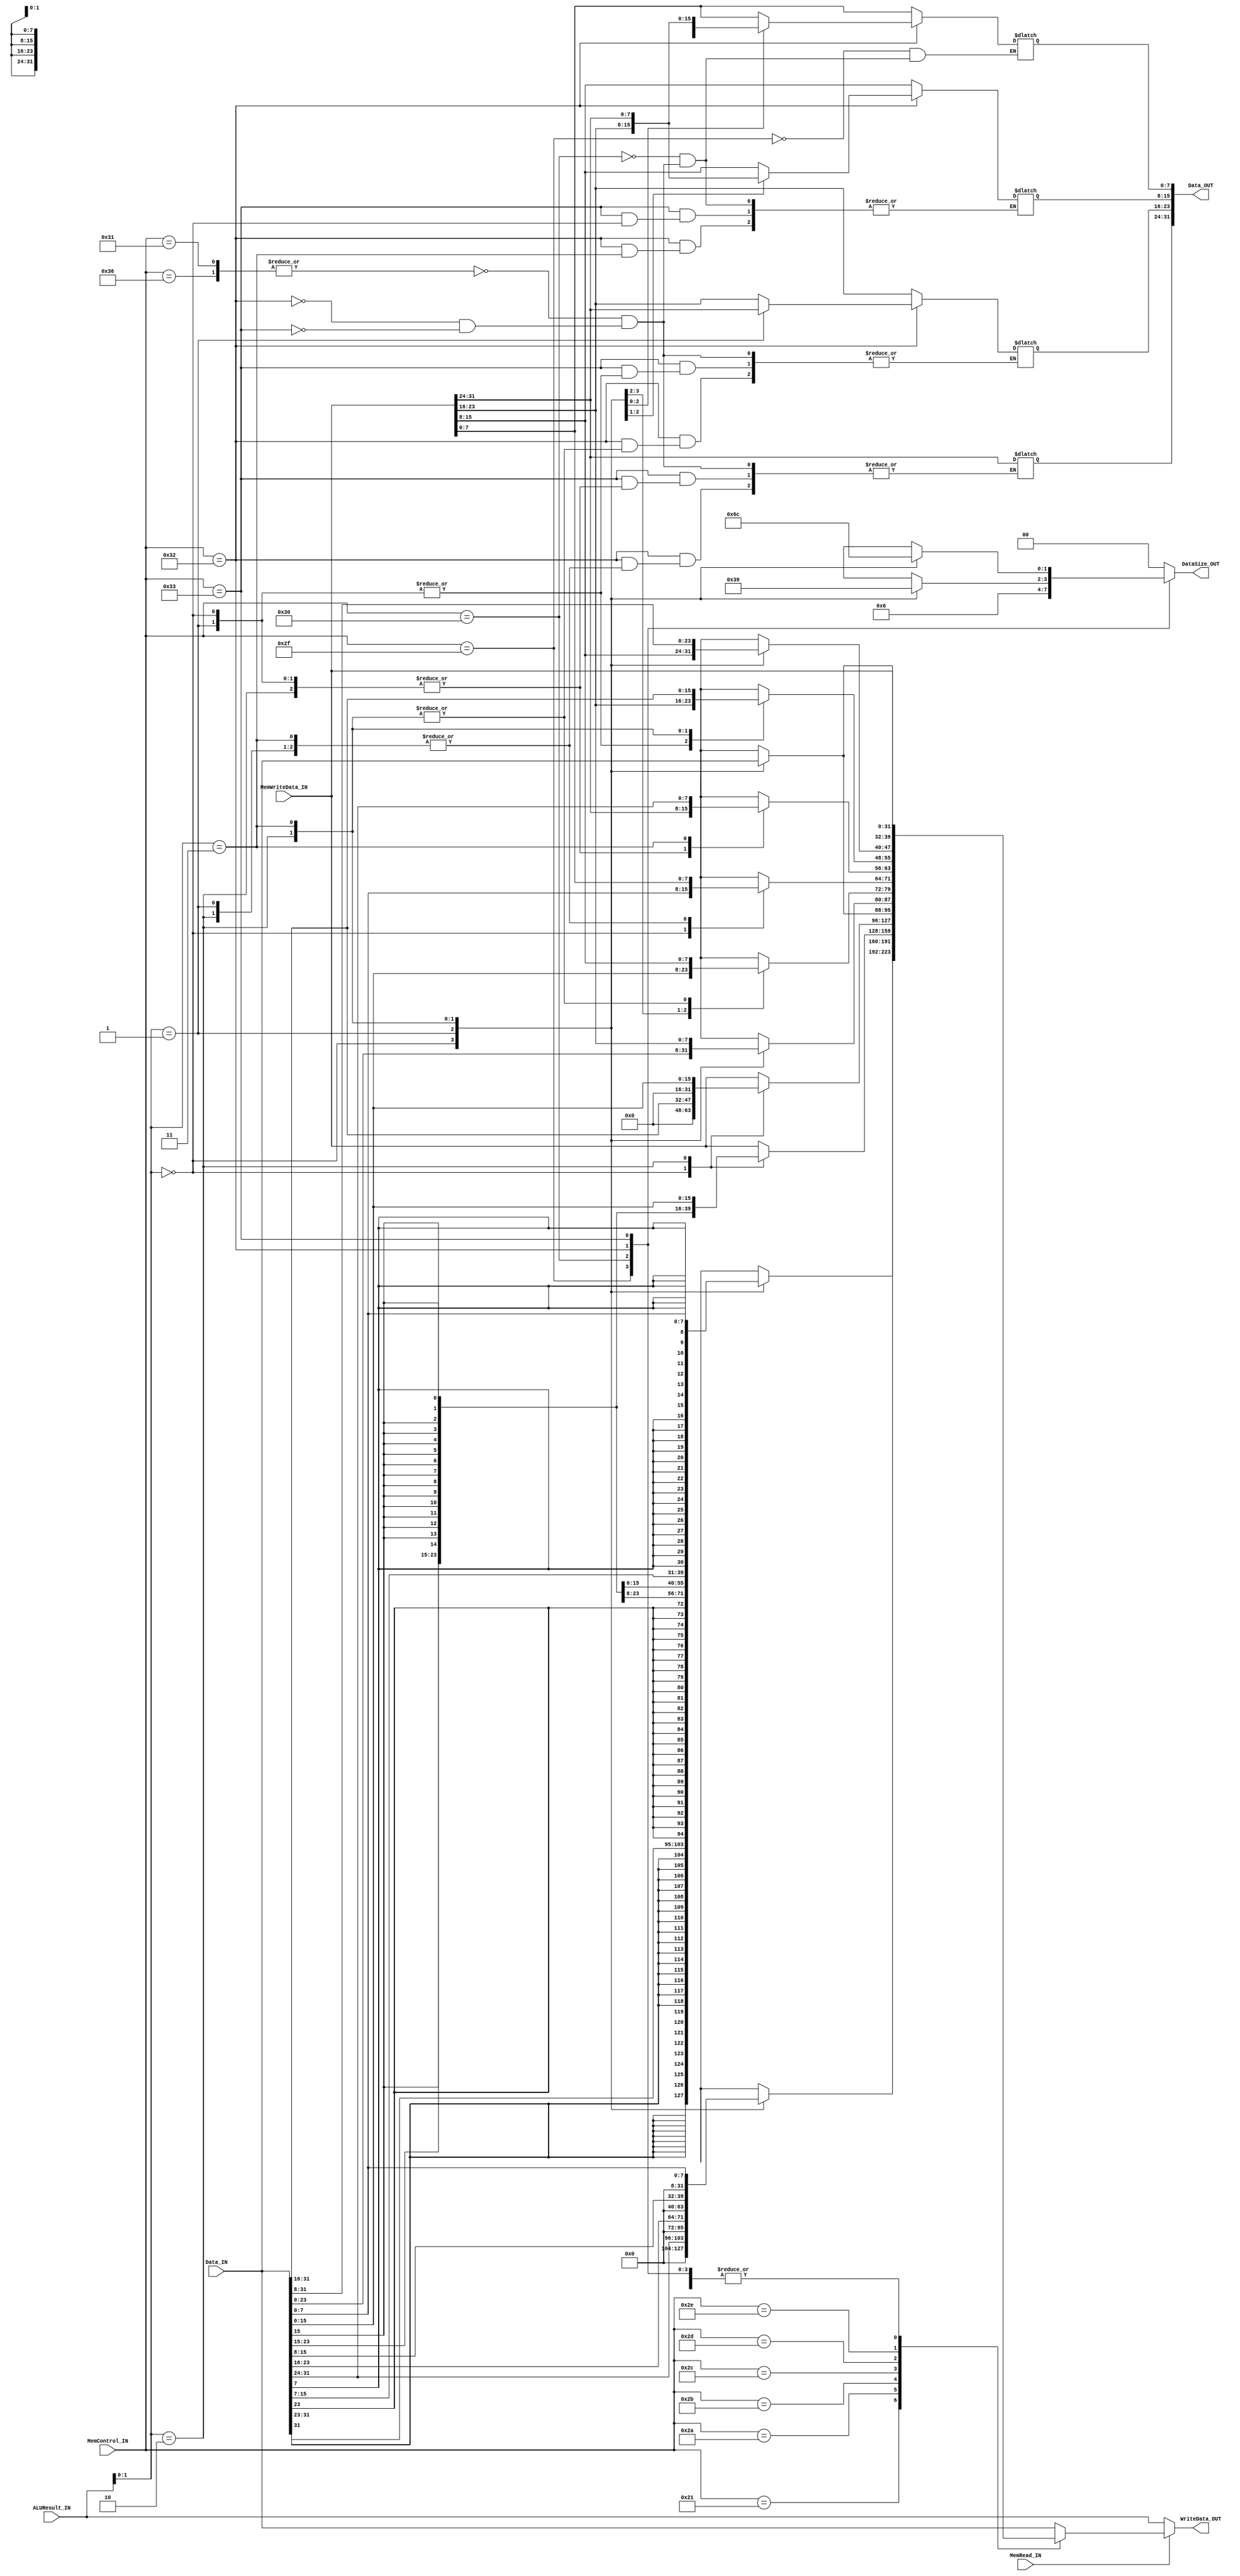
module MEM(

	//MODULE INPUTS
		//EXE/MEM --> MEM
		input [31:0] 		MemWriteData_IN,
		input [5:0] 		MemControl_IN,	
		input 			MemRead_IN,	

		input [31:0] 		ALUResult_IN,	

		//DM --> MEM
		input [31:0] 		Data_IN,	

	//MODULE OUTPUTS

		//MEM --> MEM/WB
		output [31:0] 		WriteData_OUT,	

		//MEM --> DM		
		output [31:0] 		Data_OUT,		
		output [1:0]  		DataSize_OUT	

);

wire [31:0]	data_read_aligned;

assign WriteData_OUT 	= MemRead_IN ? data_read_aligned : ALUResult_IN;

/* TODO
 * Procedural assignment to wires is not in standard
 * Need to find a better way to represent this
 * Preventing using higher versions of verilator
 */
always begin
	data_read_aligned = MemWriteData_IN;

	//CASE STATEMENT FOR MEM CONTROL WORD
	case(MemControl_IN)

		//MEM CONTROL WORD: 33 (LB) 
		6'b100001: begin
		
			case (ALUResult_IN[1:0])
			
				0: data_read_aligned = {{24{Data_IN[31]}},Data_IN[31:24]};
				1: data_read_aligned = {{24{Data_IN[23]}},Data_IN[23:16]};
				2: data_read_aligned = {{24{Data_IN[15]}},Data_IN[15:8]};
				3: data_read_aligned = {{24{Data_IN[7]}},Data_IN[7:0]};
			
			endcase
			DataSize_OUT = 0;
		end

		//MEM CONTROL WORD: 42 (LBU)
		6'b101010: begin
			
			case (ALUResult_IN[1:0])
			
				0: data_read_aligned = {{24{1'b0}},Data_IN[31:24]};
				1: data_read_aligned = {{24{1'b0}},Data_IN[23:16]};
				2: data_read_aligned = {{24{1'b0}},Data_IN[15:8]};
				3: data_read_aligned = {{24{1'b0}},Data_IN[7:0]};
			
			endcase
			DataSize_OUT = 0;
		end

		//MEM CONTROL WORD: 43 (LH) 
		6'b101011: begin
		
			case(ALUResult_IN[1:0])
			
				0: data_read_aligned = {{16{Data_IN[31]}},Data_IN[31:16]};
				2: data_read_aligned = {{16{Data_IN[15]}},Data_IN[15:0]};
			
			endcase
			
			DataSize_OUT = 0;
		end

		//ALU CONTROL WORD: 44 (LHU)
		6'b101100: begin
			
			case(ALUResult_IN[1:0])

				0: data_read_aligned = {{16{1'b0}},Data_IN[31:16]};
				2: data_read_aligned = {{16{1'b0}},Data_IN[15:0]};
			
			endcase

			DataSize_OUT = 0;
		end

		//MEM CONTROL WORD: 45 (LWL)
		6'b101101: begin
			
			//CASE STATEMENT FOR ALU RESULT	
			case (ALUResult_IN[1:0])

				0: data_read_aligned 		= Data_IN;		//Aligned access; read everything
				1: data_read_aligned[31:8] 	= Data_IN[23:0];	//Mem:[3,2,1,0] => [2,1,0,8'h00]
				2: data_read_aligned[31:16] 	= Data_IN[15:0]; 	//Mem: [3,2,1,0] => [1,0,16'h0000]
				3: data_read_aligned[31:24] 	= Data_IN[7:0];		//Mem: [3,2,1,0] => [0,24'h000000]
			
			endcase

			DataSize_OUT = 0;
		end

		//MEM CONTROL WORD: 46 (LWR) 
		6'b101110: begin
			
			case (ALUResult_IN[1:0])
			
				0: data_read_aligned[7:0] 	= Data_IN[31:24];	//Mem:[3,2,1,0] => [2,1,0,8'h00]
				1: data_read_aligned[15:0] 	= Data_IN[31:16]; 	//Mem: [3,2,1,0] => [1,0,16'h0000]
				2: data_read_aligned[23:0] 	= Data_IN[31:8];	//Mem: [3,2,1,0] => [0,24'h000000]
				3: data_read_aligned 		= Data_IN;		//Aligned access; read everything
			
			endcase

			DataSize_OUT = 0;
		end

		//MEM CONTROL WORD: 53 (LW)
		6'b111101, 6'b101000, 6'b110101: begin
			
			data_read_aligned 	= Data_IN;
			DataSize_OUT 	= 0;
		
		end

		//MEM CONTROL WORD: 
		6'b101111: begin	//SB

			DataSize_OUT	= 1;
			Data_OUT[7:0] 	= MemWriteData_IN[7:0];
		end

		//MEM CONTROL WORD: 
		6'b110000: begin	//SH
			
			DataSize_OUT 	= 2;
			Data_OUT[15:0] 	= MemWriteData_IN[15:0];
		end
		
		//MEM CONTROL WORD: 
		6'b110001, 6'b110110: begin	//SW
			
			DataSize_OUT	= 0;
			Data_OUT 		= MemWriteData_IN;
		end
		
		//MEM CONTROL WORD: 
		6'b110010: begin	//SWL
			
			case(ALUResult_IN[1:0])

				0: begin 
					Data_OUT 		= MemWriteData_IN; 
					DataSize_OUT	= 0; 
				end

				1: begin 
					Data_OUT[23:0] 	= MemWriteData_IN[31:8]; 
					DataSize_OUT	= 3; 
				end

				2: begin 
					Data_OUT[15:0]	= MemWriteData_IN[31:16]; 
					DataSize_OUT	= 2; 
				end

				3: begin 
					Data_OUT[7:0] 	= MemWriteData_IN[31:24]; 
					DataSize_OUT	= 1; 
				end

			endcase
		end
		
		//MEM CONTROL WORD: 
		6'b110011: begin	//SWR
			
			case(ALUResult_IN[1:0])
				
				0: begin 
					Data_OUT[7:0] 	= MemWriteData_IN[7:0]; 
					DataSize_OUT	= 1; 
				end

				1: begin 
					Data_OUT[15:0] 	= MemWriteData_IN[15:0]; 
					DataSize_OUT	= 2; 
				end
				
				2: begin 
					Data_OUT[23:0] 	= MemWriteData_IN[23:0]; 
					DataSize_OUT	= 3; 
				end

				3: begin 
					Data_OUT 		= MemWriteData_IN; 
					DataSize_OUT	= 0; 
				end

			endcase
		end

		//ALU CONTROL WORD: DEFAULT
		default: begin
			
			data_read_aligned 	= Data_IN;
			DataSize_OUT	= 0;
		
		end

	endcase

end

endmodule